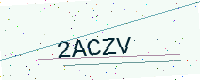
Text: 2ACZV